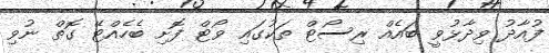
ފުއާދު ވިދާޅުވީ ބައެއް ރިސޯޓް ތަކުގައި ވޯޓް ފޮށި ބެހެއްޓޭ ގޮތް ނުވި